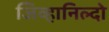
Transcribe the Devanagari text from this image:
जिव्हानिल्दो